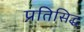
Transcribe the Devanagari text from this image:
प्रतिसिद्ध